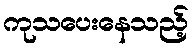
ကုသပေးနေသည့်